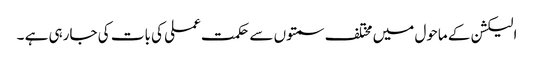
الیکشن کے ماحول میں مختلف سمتوں سے حکمت عملی کی بات کی جارہی ہے ۔